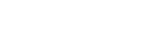
ရေဘေးကြောင့်